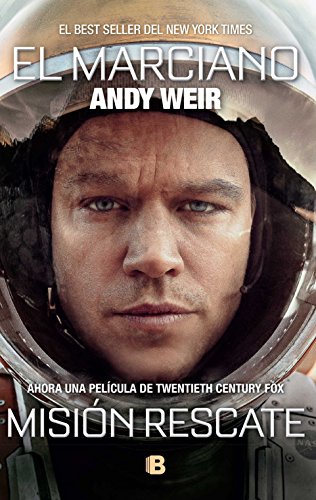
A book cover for Marciano, El (Spanish Edition); Andy Weir; Literature & Fiction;